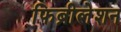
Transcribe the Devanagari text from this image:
फिब्रीलेशन